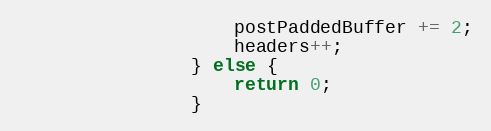
Language: C
                    postPaddedBuffer += 2;
                    headers++;
                } else {
                    return 0;
                }